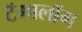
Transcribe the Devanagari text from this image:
टॅगालॉग